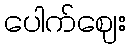
ပေါက်ဈေး